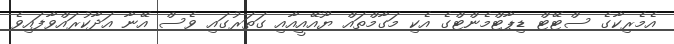
އެމެރިކާގެ ސްޓޭޓް ޑިޕާޓްމެންޓްގެ އެކި މަގާމްތައް ޔޫއޭއީއާއި ގަތަރުގައި ވެސް އޭނާ އަދާކުރައްވާފައިވެ